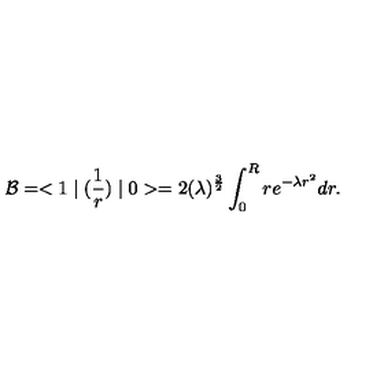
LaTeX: { \cal B } = < 1 \mid ( { \frac { 1 } { r } } ) \mid 0 > = 2 ( \lambda ) ^ { { \frac { 3 } { 2 } } } \int _ { 0 } ^ { R } r e ^ { - \lambda r ^ { 2 } } d r .